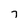
Character: 7